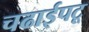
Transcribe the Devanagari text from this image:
चढाईपटू